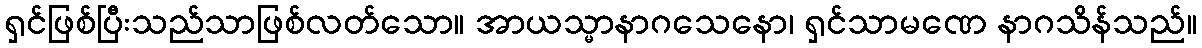
ရှင်ဖြစ်ပြီးသည်သာဖြစ်လတ်သော။ အာယသ္မာနာဂသေနော၊ ရှင်သာမဏေ နာဂသိန်သည်။